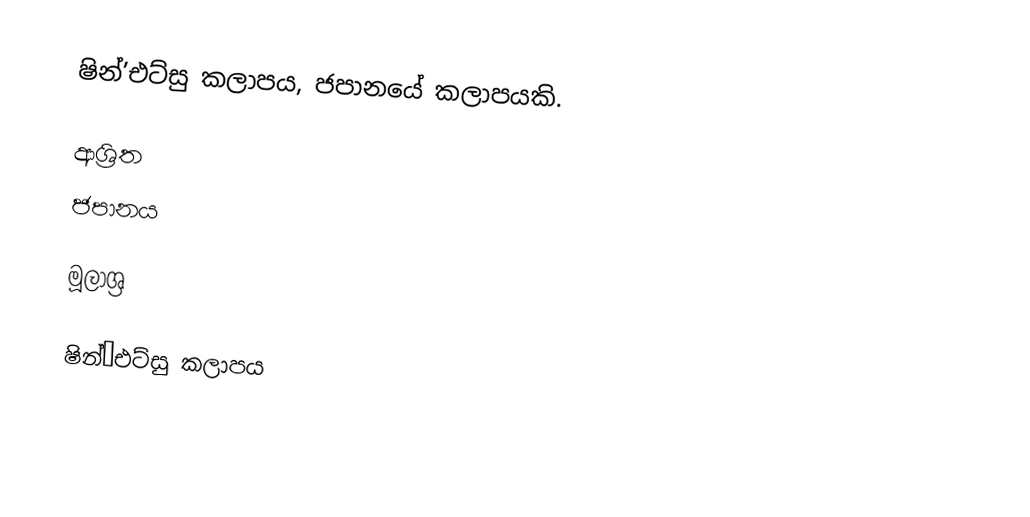
ෂින්’එට්සු කලාපය, ජපානයේ කලාපයකි.

ආශ්‍රිත
 ජපානය

මූලාශ්‍ර

ෂින්’එට්සු කලාපය